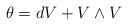
LaTeX: \begin{align*}\theta =dV+V\wedge V \end{align*}